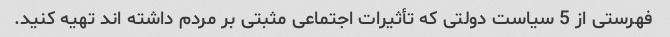
فهرستی از 5 سیاست دولتی که تأثیرات اجتماعی مثبتی بر مردم داشته اند تهیه کنید.